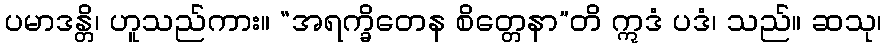
ပမာဒန္တိ၊ ဟူသည်ကား။ “အရက္ခိတေန စိတ္တေနာ”တိ ဣဒံ ပဒံ၊ သည်။ ဆသု၊